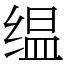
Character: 缊